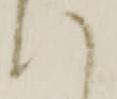
い